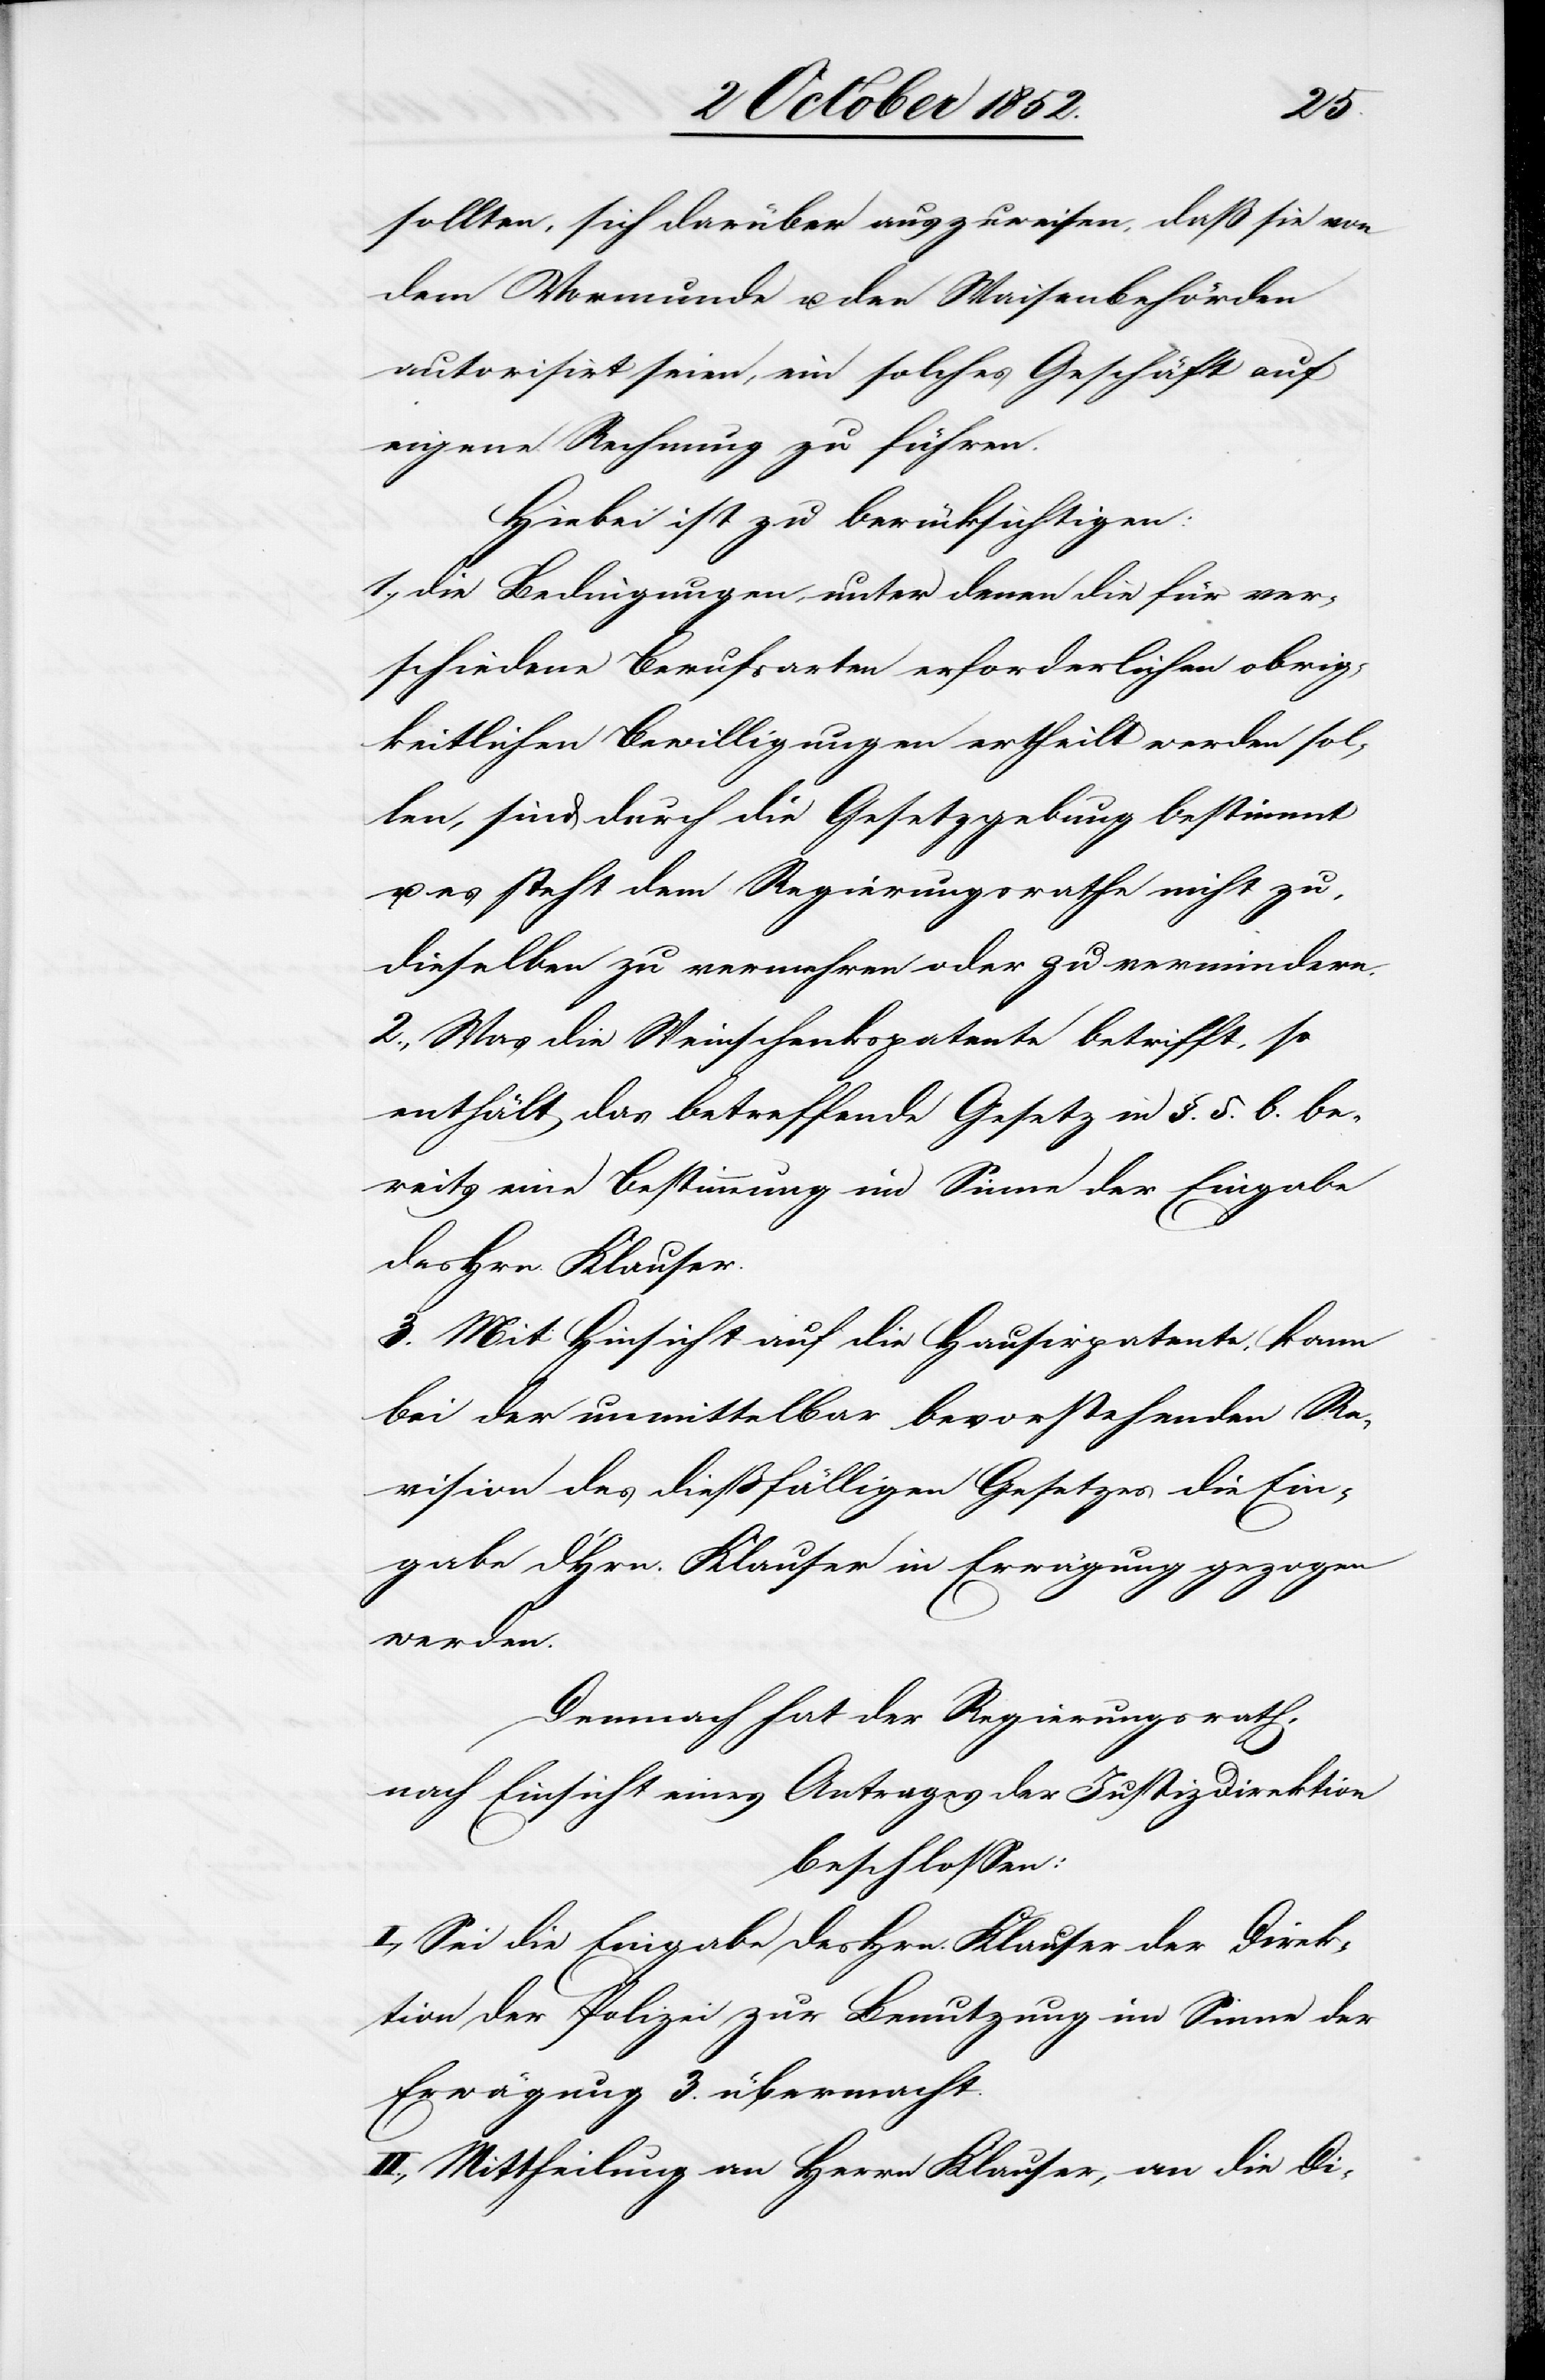
sollten, sich darüber auszuweisen, daß sie von
dem Vormunde u. den Waisenbehörden
autorisirt seien, ein solches Geschäft auf
eigene Rechnung zu führen.
Hiebei ist zu berücksichtigen:
1., Die Bedingungen, unter denen die für ver¬
schiedene Berufsarten erforderlichen obrig¬
keitlichen Bewilligungen ertheilt werden sol¬
len, sind durch die Gesetzgebung bestimmt
u. es steht dem Regierungsrathe nicht zu,
dieselben zu vermehren oder zu vermindern.
2., Was die Weinschenkspatente betrifft, so
enthält das betreffende Gesetz in §. 5. b. be¬
reits eine Bestimmung im Sinne der Eingabe
des Hrn. Klauser.
3. Mit Hinsicht auf die Hausirpatente, kann
bei der unmittelbar bevorstehenden Re¬
vision des dießfälligen Gesetzes die Ein¬
gabe d. Hrn. Klauser in Erwägung gezogen
werden.
Demnach hat der Regierungsrath,
nach Einsicht eines Antrages der Justizdirektion
beschlossen:
I., Sei die Eingabe des Hrn. Klauser der Direk¬
tion der Polizei zur Benutzung im Sinne der
Erwägung 3. übermacht.
II., Mittheilung an Herrn Klauser, an die Di-